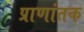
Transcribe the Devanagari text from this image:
प्राणांतक